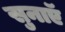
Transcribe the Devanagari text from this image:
सुनाएॅ